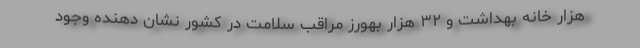
هزار خانه بهداشت و ۳۲ هزار بهورز مراقب سلامت در کشور نشان دهنده وجود